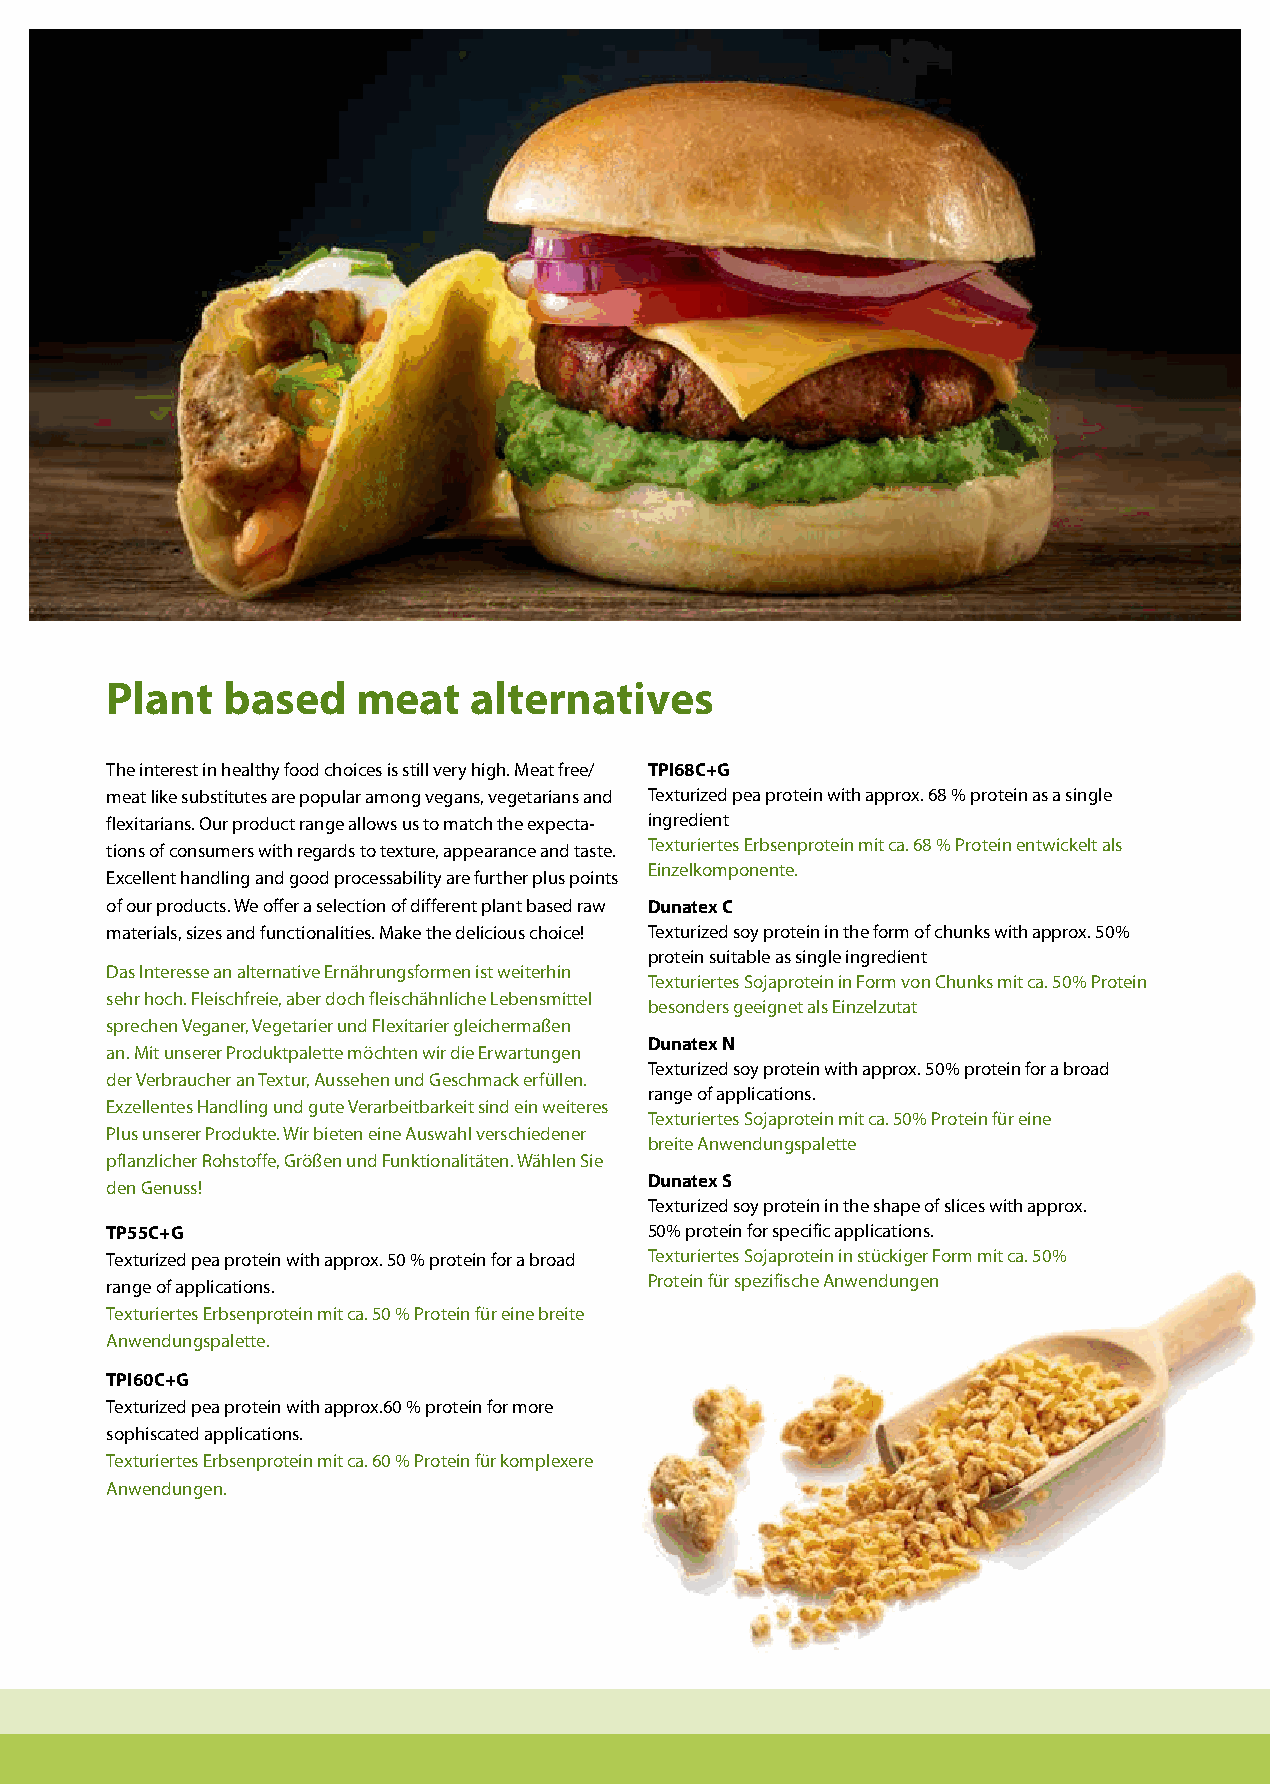
Plant   based    meat   alternatives
 The interest in healthy food choices is still very high. Meat free/ TPI68C+G
 meat like substitutes are popular among vegans, vegetarians and Texturized pea protein with approx. 68 % protein as a single
 flexitarians. Our product range allows us to match the expecta- ingredient
 tions of consumers with regards to texture, appearance and taste. Texturiertes Erbsenprotein mit ca. 68 % Protein entwickelt als
 Einzelkomponente.
 Excellent handling and good processability are further plus points
 of our products. We offer a selection of different plant based raw Dunatex C
 materials, sizes and functionalities. Make the delicious choice! Texturized soy protein in the form of chunks with approx. 50%
 protein suitable as single ingredient
 Das Interesse an alternative Ernährungsformen ist weiterhin
 Texturiertes Sojaprotein in Form von Chunks mit ca. 50% Protein
 sehr hoch. Fleischfreie, aber doch fleischähnliche Lebensmittel
 besonders geeignet als Einzelzutat
 sprechen Veganer, Vegetarier und Flexitarier gleichermaßen
 Dunatex N
 an. Mit unserer Produktpalette möchten wir die Erwartungen
 Texturized soy protein with approx. 50% protein for a broad
 der Verbraucher an Textur, Aussehen und Geschmack erfüllen.
 range of applications.
 Exzellentes Handling und gute Verarbeitbarkeit sind ein weiteres
 Texturiertes Sojaprotein mit ca. 50% Protein für eine
 Plus unserer Produkte. Wir bieten eine Auswahl verschiedener
 breite Anwendungspalette
 pflanzlicher Rohstoffe, Größen und Funktionalitäten. Wählen Sie
 Dunatex S
 den Genuss!
 Texturized soy protein in the shape of slices with approx.
 TP55C+G                             50% protein for specific applications.
 Texturized pea protein with approx. 50 % protein for a broad Texturiertes Sojaprotein in stückiger Form mit ca. 50%
 Protein für spezifische Anwendungen
 range of applications.
 Texturiertes Erbsenprotein mit ca. 50 % Protein für eine breite
 Anwendungspalette.
 TPI60C+G
 Texturized pea protein with approx.60 % protein for more
 sophiscated applications.
 Texturiertes Erbsenprotein mit ca. 60 % Protein für komplexere
 Anwendungen.